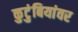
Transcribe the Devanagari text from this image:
कुटुंबियांवर